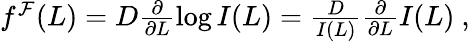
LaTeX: \begin{array}{r}{f^{\mathcal{F}}(L)=D\frac{\partial}{\partial L}\log I(L)=\frac{D}{I(L)}\frac{\partial}{\partial L}I(L)\ ,}\end{array}